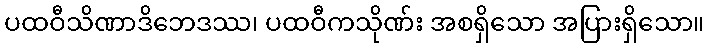
ပထဝီသိဏာဒိဘေဒဿ၊ ပထဝီကသိုဏ်း အစရှိသော အပြားရှိသော။